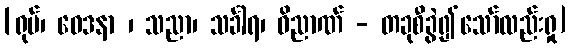
[ရုပ်၊ ဝေဒနာ ၊ သညာ၊ သင်္ခါရ၊ ဝိညာဏ် - တခုစီခွဲ၍သော်လည်းရှု]